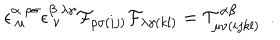
\epsilon _ { ~ \mu } ^ { \alpha ~ \rho \sigma } \epsilon _ { ~ \nu } ^ { \beta ~ \lambda \gamma } { \cal F } _ { \rho \sigma ( i j ) } { \cal F } _ { \lambda \gamma ( k l ) } = { \cal T } _ { \mu \nu ( i j k l ) } ^ { \alpha \beta } \ \ .